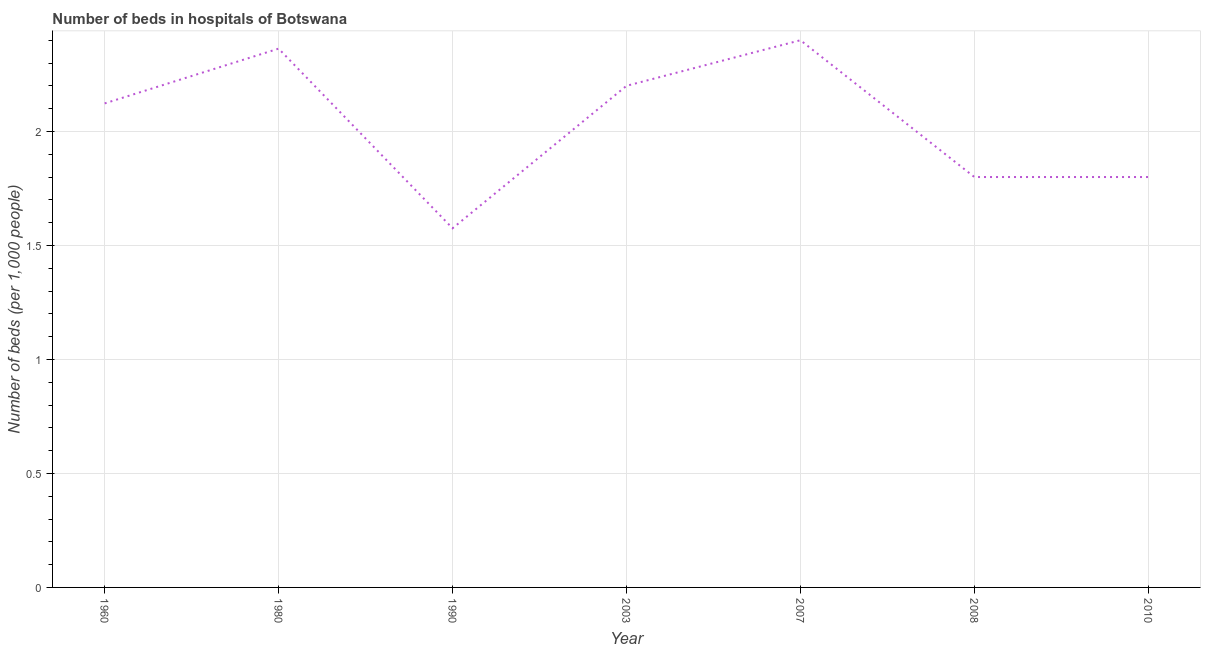
| Year | Hospital beds |
 | --- | --- |
 | 1960 | 2.12 |
 | 1980 | 2.36 |
 | 1990 | 1.58 |
 | 2003 | 2.2 |
 | 2007 | 2.4 |
 | 2008 | 1.8 |
 | 2010 | 1.8 |